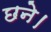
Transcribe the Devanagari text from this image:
छने।